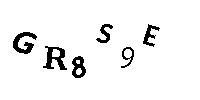
GR8S9E